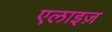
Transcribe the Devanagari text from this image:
एलाइज़